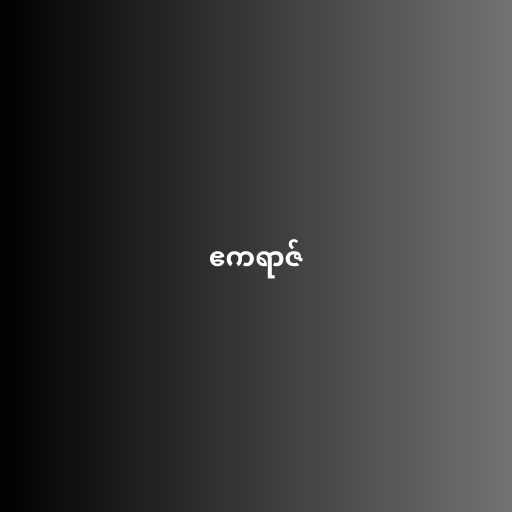
ဧကရာဇ်